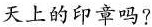
天上的印章吗？